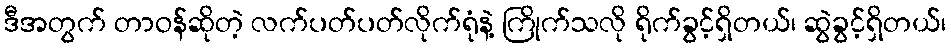
ဒီအတွက် တာဝန်ဆိုတဲ့ လက်ပတ်ပတ်လိုက်ရုံနဲ့ ကြိုက်သလို ရိုက်ခွင့်ရှိတယ်၊ ဆွဲခွင့်ရှိတယ်၊